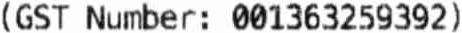
(GST NUMBER: 001363259392)